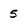
Character: 5